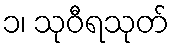
၁၊ သုဝီရသုတ်